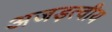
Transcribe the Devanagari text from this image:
अजड़त्वीय